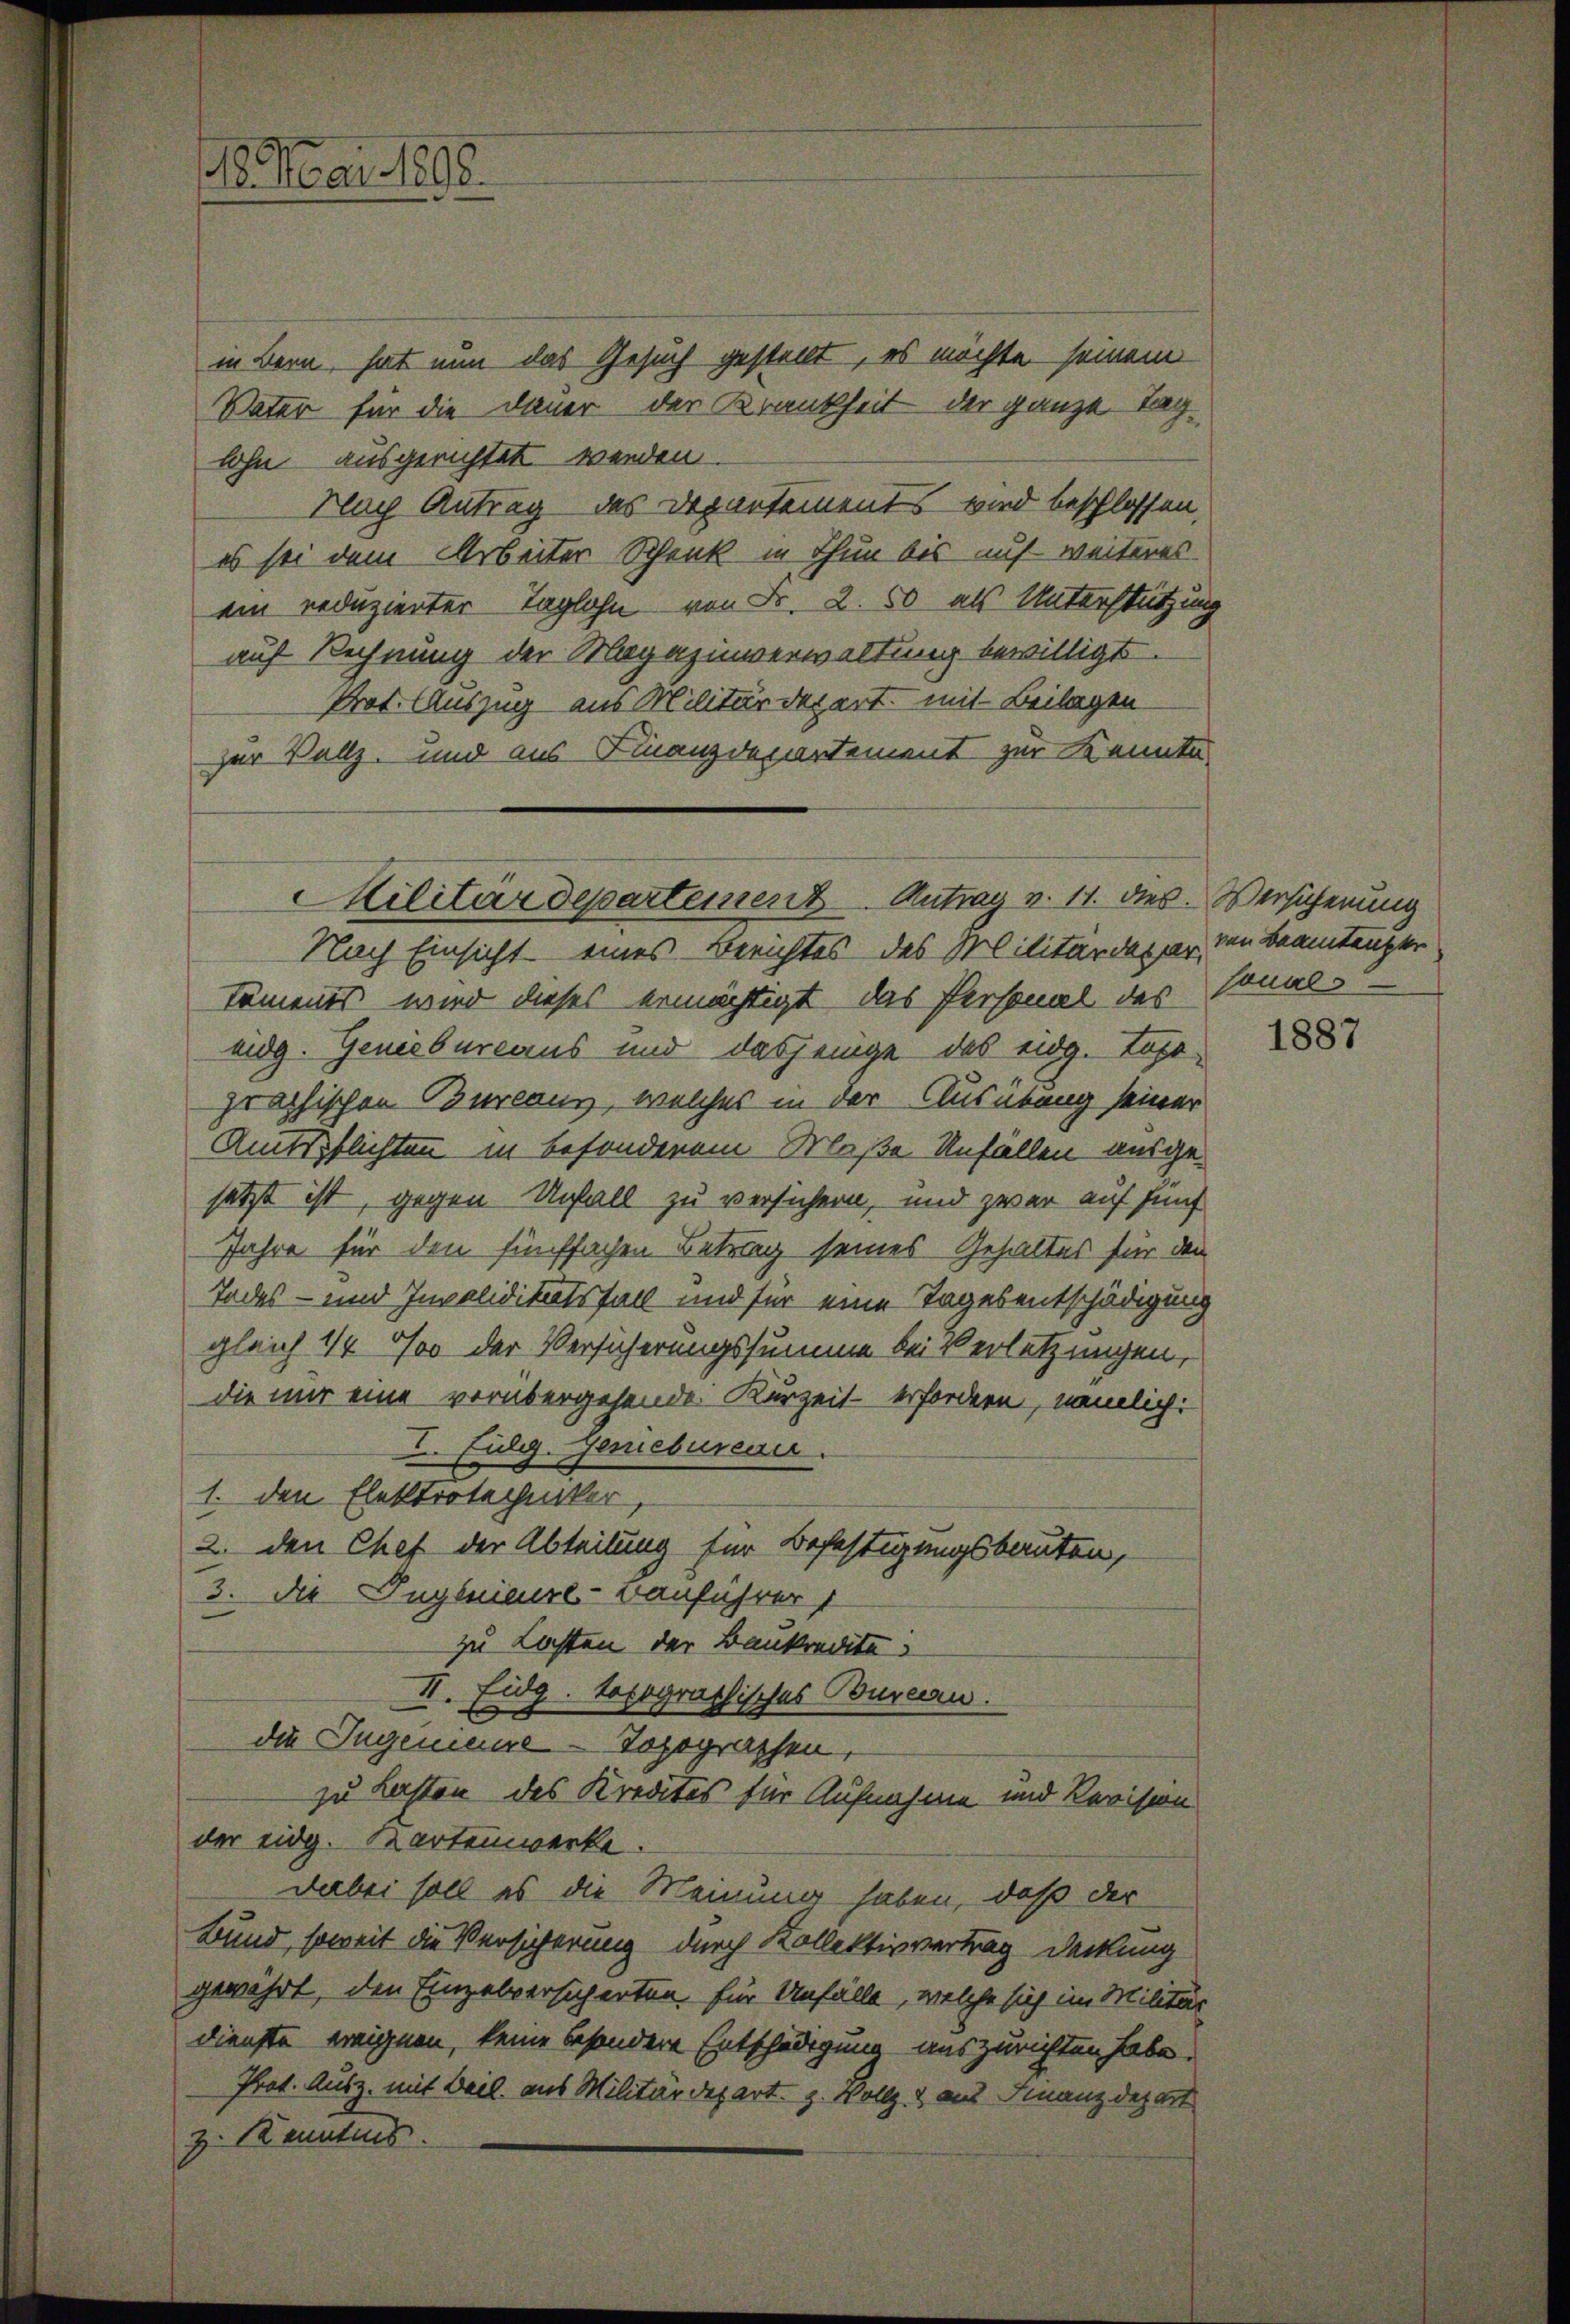
in Bern, hat nun das Gesuch gestellt, es möchte seinem
Vater für die Dauer der Krankheit der ganze Taglohn ausgerichtet werden.
Flach Antrag des Departements wird beschlossen,
es sei dem Arbeiter Schenk in Thun bis auf weiteres
ein reduzierter Taglohn von Fr. 2.50 als Unterstützung
auf Rechnung der Magazinverwaltung bewilligt.
Prot. Auszug aus Militärdepart mit Beilagen
zur Vollz, und aus Finanzdepartement zur Kennte,
Nach Einsicht eines Berichtes des Militärdepar
koments wird dieses ermächtigt, das Personal des
eidg. Geneibureaus und dasjenige des eidg. Loge
praphischen Burlang, welches in der Ausübung seiner
Amtspflichten in besonderem Maße Unfällen ausgesetzt ist, gegen Unfall zu versichern, und zwar auf fünf
Jahre für den fünffachen Betrag seines Gehaltes für den
Todes- und Invaliditätsfall und für eine Tagesentschädigung
gleich 1/4 % der Versicherungssumme bei Verletzungen,
die mir eine vorübergehende Kurzeit erfordern, nämlich:
I. Eidg. Geniebureau.
1. den Elektrotechicker,
2. den Chef der Abteilung für Befestigungsbauten,
3. die Ingleimel-Bauführer
zu Lasten der Baukredite
II. Eidg. topographisches Bureau.
die Ingenieure - Topograssen,
zu Lasten des Kredites für Aufnahme und Revision
der eidg. Karteiwerke
Dabei soll es die Meinung haben, daß der
Bund, soweit die Versicherung durch Kollektivvertrag deckung
gewährt, den Einzelversicherten, für Unfälle, welche sich im Militär
dienste ereignen, keine besondere Entschädigung auszurichten habe.
Prot. Ausz. mit Beil. aus Militärdepart. H. Vollz & aus Finanzdepart
z. Kenntnis

18 Mai 1896.

Militärdepartement Antrag v. 11. dies Versicherung

von Beamtenzkr
sonals

1887